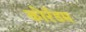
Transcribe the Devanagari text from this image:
कोरँडम